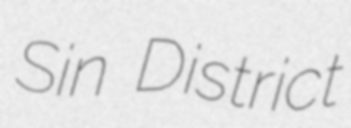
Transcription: Sin District